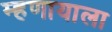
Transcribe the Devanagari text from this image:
म्हणायाला